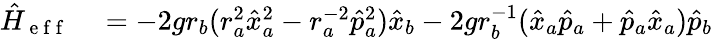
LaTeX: \begin{array}{rl}{\hat{H}_{\mathrm{~e~f~f~}}}&{{}=-2gr_{b}(r_{a}^{2}\hat{x}_{a}^{2}-r_{a}^{-2}\hat{p}_{a}^{2})\hat{x}_{b}-2gr_{b}^{-1}(\hat{x}_{a}\hat{p}_{a}+\hat{p}_{a}\hat{x}_{a})\hat{p}_{b}}\end{array}